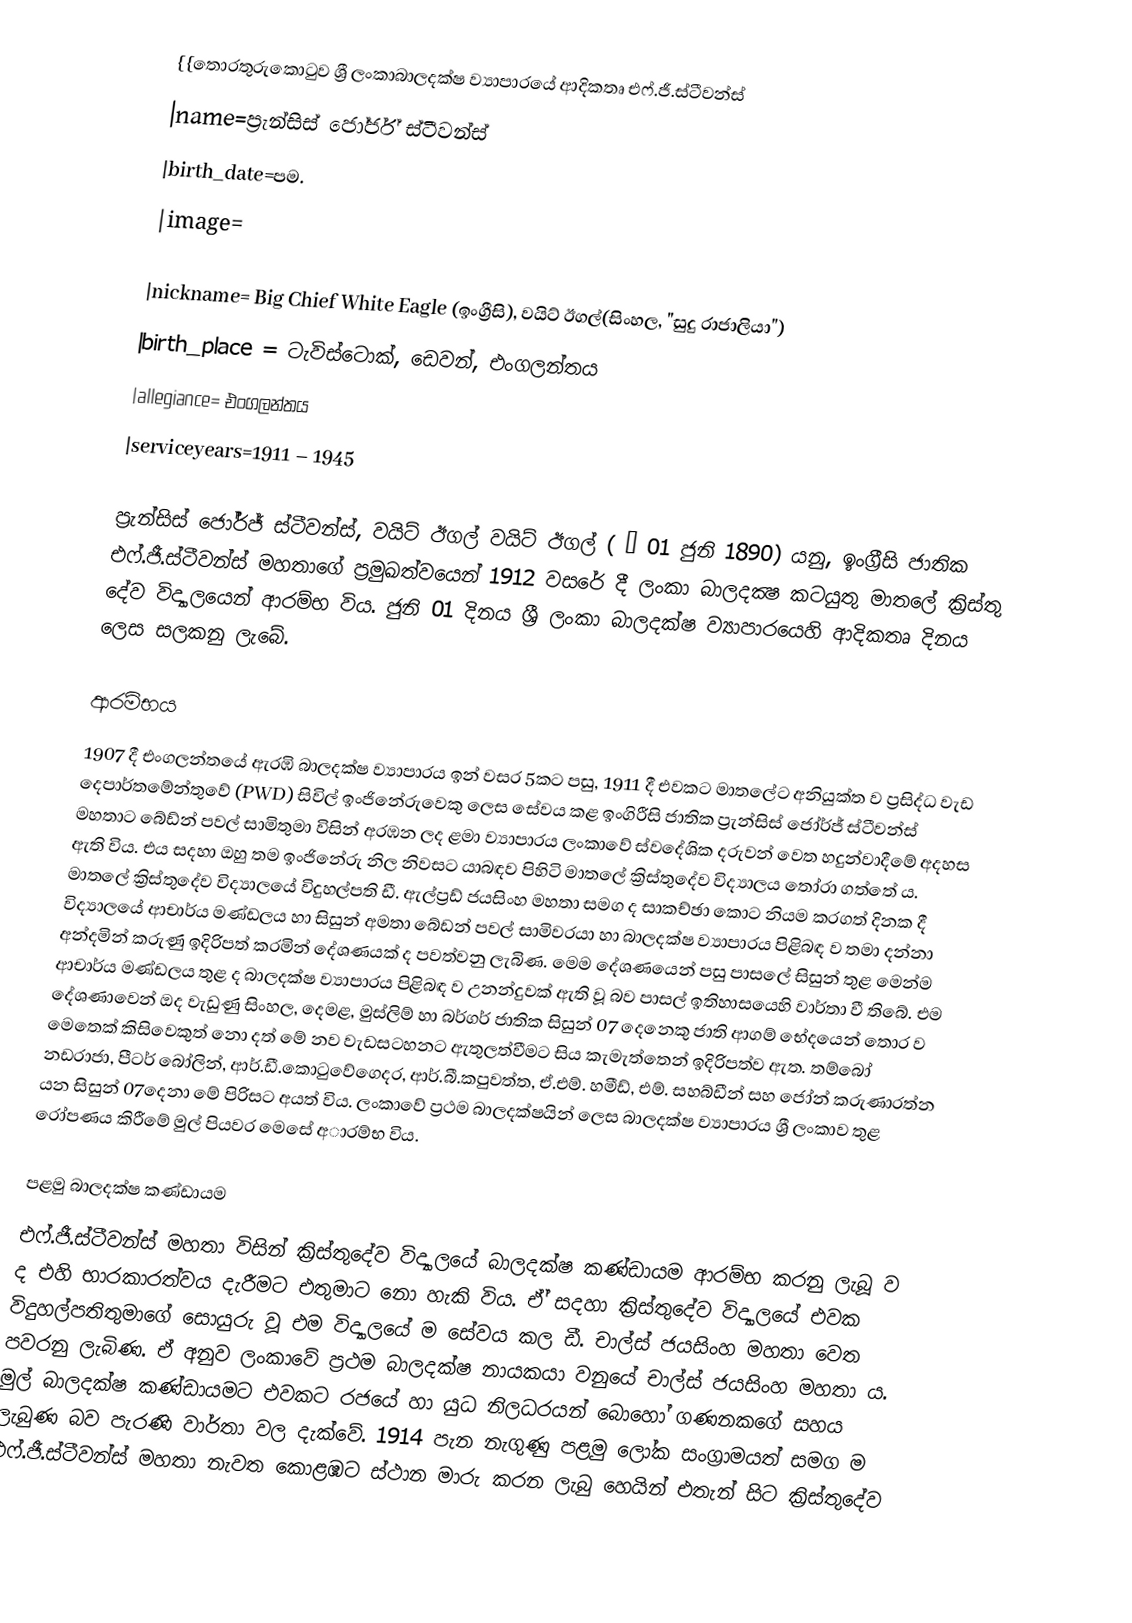
{{තොරතුරුකොටුව ශ්‍රී ලංකාබාලදක්ෂ ව්‍යාපාරයේ ආදිකතෘ එෆ්.ජී.ස්ටීවන්ස්
|name=ප්‍රැන්සිස් ජෝර්ජ් ස්ටීවන්ස්
|birth_date=පම.
|image=

|nickname= Big Chief White Eagle (ඉංග්‍රීසි), වයිට් ඊගල්(සිංහල, "සුදු රාජාලියා")
|birth_place = ටැවිස්ටොක්, ඩෙවන්, එංගලන්තය
|allegiance= එංගලන්තය
|serviceyears=1911 – 1945

ප්‍රැන්සිස් ජෝර්ජ් ස්ටීවන්ස්, වයිට් ඊගල් වයිට් ඊගල් ( – 01 ජුනි 1890) යනු,  ඉංග්‍රීසි ජාතික එෆ්.ජී.ස්ටීවන්ස් මහතාගේ ප‍්‍රමුඛත්වයෙන් 1912 වසරේ දී ලංකා බාලදක්‍ෂ කටයුතු මාතලේ ක්‍රිස්තු දේව විද්‍යාලයෙන් ආරම්භ විය. ජුනි 01 දිනය ශ්‍රී ලංකා බාලදක්ෂ ව්‍යාපාරයෙහි ආදිකතෘ දිනය ලෙස සලකනු ලැබේ.

ආරම්භය
1907 දී  එංගලන්තයේ ඇරඹි බාලදක්ෂ ව්‍යාපාරය ඉන් වසර 5කට පසු, 1911 දී එවකට මාතලේට අනියුක්ත ව ප්‍රසිද්ධ වැඩ දෙපාර්තමේන්තුවේ (PWD) සිවිල් ඉංජිනේරුවෙකු ලෙස සේවය කළ ඉංගිරීසි ජාතික ප්‍රැන්සිස් ජෝර්ජ් ස්ටීවන්ස් මහතාට බේඩ්න් පවල් සාමිතුමා විසින් අරඹන ලද ළමා ව්‍යාපාරය ලංකාවේ ස්වදේශික දරුවන් වෙත හදුන්වාදීමේ අදහස ඇති විය. එය සදහා ඔහු තම ඉංජිනේරු නිල නිවසට යාබඳව පිහිටි මාතලේ ක්‍රිස්තුදේව විද්‍යාලය තෝරා ගත්තේ ය. මාතලේ ක්‍රිස්තුදේව විද්‍යාලයේ විදුහල්පති ඩී. ඇල්ප්‍රඩ් ජයසිංහ මහතා සමග ද සාකච්ඡා කොට නියම කරගත් දිනක දී විද්‍යාලයේ ආචාර්ය මණ්ඩලය හා සිසුන් අමතා බේඩන් පවල් සාමිවරයා හා බාලදක්ෂ ව්‍යාපාරය පිළිබඳ ව තමා දන්නා අන්දමින් කරුණු ඉදිරිපත් කරමින් දේශණයක් ද පවත්වනු ලැබිණ. මෙම දේශණයෙන් පසු පාසලේ සිසුන් තුළ මෙන්ම  ආචාර්ය මණ්ඩලය තුළ ද බාලදක්ෂ ව්‍යාපාරය පිළිබඳ ව උනන්දුවක් ඇති වූ බව පාසල් ඉතිහාසයෙහි වාර්තා වී තිබේ. එම දේශණාවෙන් ඔද වැඩුණු සිංහල, දෙමළ, මුස්ලිම් හා  බර්ගර්  ජාතික සිසුන් 07 දෙනෙකු ජාති ආගම් භේදයෙන් තොර ව මෙතෙක් කිසිවෙකුත් නො දත් මේ නව වැඩසටහනට ඇතුලත්වීමට සිය කැමැත්තෙන් ඉදිරිපත්ව ඇත. තම්බෝ නඩරාජා, පීටර් බෝලින්, ආර්.ඩී.කොටුවේගෙදර, ආර්.බී.කපුවත්ත, ඒ.එම්. හමීඩ්, එම්. සහබ්ඩීන් සහ ජෝන් කරුණාරත්න යන සිසුන් 07දෙනා මේ පිරිසට අයත් විය. ලංකාවේ ප්‍රථම බාලදක්ෂයින් ලෙස  බාලදක්ෂ ව්‍යාපාරය ශ්‍රී ලංකාව තුළ රෝපණය කිරීමේ මුල් පියවර මෙසේ අාරම්භ විය.

පළමු බාලදක්ෂ කණ්ඩායම
එෆ්.ජී.ස්ටීවන්ස් මහතා විසින් ක්‍රිස්තුදේව විද්‍යාලයේ බාලදක්ෂ කණ්ඩායම ආරම්භ කරනු ලැබූ ව ද එහි භාරකාරත්වය දැරීමට එතුමාට නො හැකි විය. ඒ් සදහා ක්‍රිස්තුදේව විද්‍යාලයේ එවක විදුහල්පතිතුමාගේ සොයුරු වූ එම විද්‍යාලයේ ම සේවය කල ඩී. චාල්ස් ජයසිංහ මහතා වෙත පවරනු ලැබිණ.  ඒ අනුව ලංකාවේ ප්‍රථම බාලදක්ෂ නායකයා වනුයේ චාල්ස් ජයසිංහ මහතා ය. මුල් බාලදක්ෂ කණ්ඩායමට එවකට රජයේ හා යුධ නිලධරයන් බොහෝ ගණනකගේ සහය ලැබුණ බව පැරණි වාර්තා වල දැක්වේ. 1914 පැන නැගුණු පළමු ලෝක සංග්‍රාමයත් සමග ම එෆ්.ජී.ස්ටීවන්ස් මහතා නැවත කොළඹට ස්ථාන මාරු කරන ලැබු හෙයින් එතැන් සිට ක්‍රිස්තුදේව